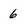
Character: 6